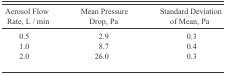
| Aerosol Flow Rate, L / min | Mean Pressure Drop, Pa | Standard Deviation of Mean, Pa |
 | --- | --- | --- |
 | 0.5 | 2.9 | 0.3 |
 | 1.0 | 8.7 | 0.4 |
 | 2.0 | 26.0 | 0.3 |